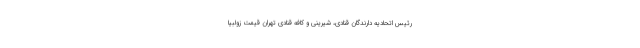
رئیس اتحادیه دارندگان قنادی، شیرینی و کافه قنادی تهران قیمت زولبیا